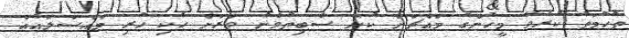
ތުހުމަތު ކުރެވޭ މީހުންގެ މައްޗަށް ކުށް ސާބިތުވާނެ ވަރަށް ހެކި ހުރި މައްސަލައެއް